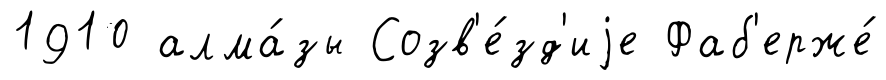
1910 алма́зы Созв'е́зд'иjе Фаб'ерже́